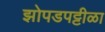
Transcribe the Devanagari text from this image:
झोपडपट्टीळा